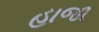
હાજા